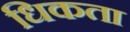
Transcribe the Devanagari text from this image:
धिकता